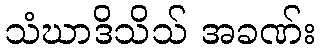
သံဃာဒိသိသ် အခဏ်း